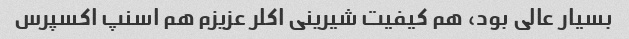
بسیار عالی بود، هم کیفیت شیرینی اکلر عزیزم هم اسنپ اکسپرس